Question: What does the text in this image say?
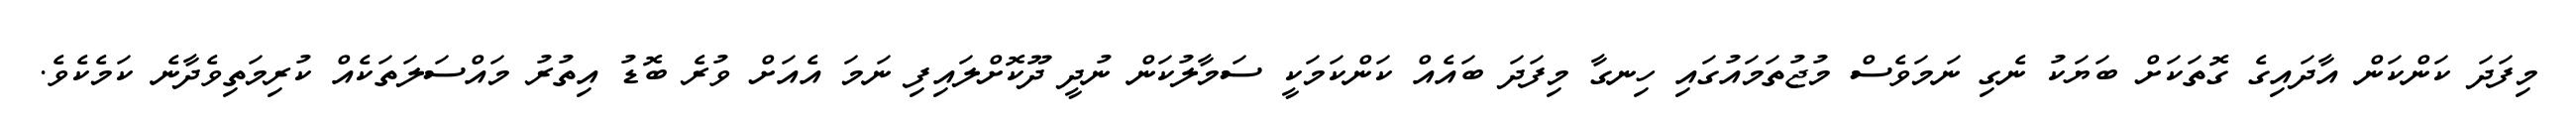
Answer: މިފަދަ ކަންކަން އާދައިގެ ގޮތަކަށް ބަޔަކު ނެގި ނަމަވެސް މުޖުތަމައުގައި ހިނގާ މިފަދަ ބައެއް ކަންކަމަކީ ސަމާލުކަން ނުދީ ދޫކޮށްލައިފި ނަމަ އެއަށް ވުރެ ބޮޑު އިތުރު މައްސަލަތަކެއް ކުރިމަތިވެދާނެ ކަމެކެވެ.